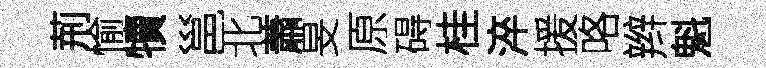
荊愉犢邕北蕭旻原碍桂淬援咯辫魁